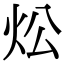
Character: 炂